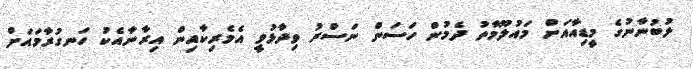
ލުބުނާނުގެ މީޑިއާއަށް މައުލޫމާތު ދެމުން ހަސަން ނަސްރު ވިދާޅުވީ އެމެރިކާއިން އިރާނާއެކު ހަނގުރާމައަށް